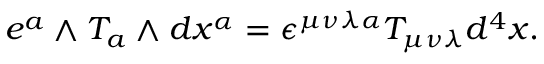
e ^ { a } \mathrm { \tiny ~ \wedge ~ } T _ { a } \mathrm { \tiny ~ \wedge ~ } d x ^ { \alpha } = \epsilon ^ { \mu \nu \lambda \alpha } T _ { \mu \nu \lambda } d ^ { 4 } x .